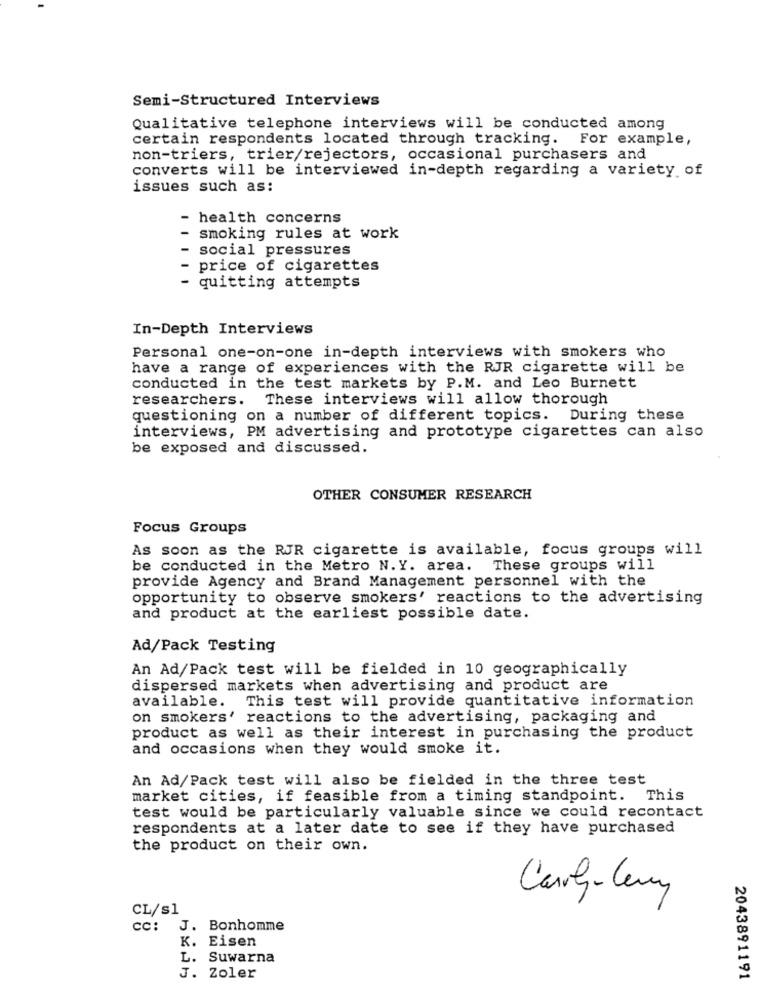
Semi-Structured Interviews
Qualitative telephone interviews will be conducted among
certain respondents located through tracking. For example,
non-triers, trier/rejectors, occasional purchasers and
converts will be interviewed in-depth regarding a variety of
issues such as:
- health concerns
smoking rules at work
social pressures
price of cigarettes
quitting attempts
In-Depth Interviews
Personal one-on-one in-depth interviews with smokers who
have a range of experiences with the RJR cigarette will be
conducted in the test markets by P.M. and Leo Burnett
researchers.
These interviews will allow thorough
questioning on a number of different topics. During these
interviews, PM advertising and prototype cigarettes can also
be exposed and discussed.
OTHER CONSUMER RESEARCH
Focus Groups
As soon as the RJR cigarette is available, focus groups will
be conducted in the Metro N. Y. area. These groups will
provide Agency and Brand Management personnel with the
opportunity to observe smokers' reactions to the advertising
and product at the earliest possible date.
Ad/Pack Testing
An Ad/Pack test will be fielded in 10 geographically
dispersed markets when advertising and product are
available. This test will provide quantitative information
on smokers' reactions to the advertising, packaging and
product as well as their interest in purchasing the product
and occasions when they would smoke it.
An Ad/Pack test will also be fielded in the three test
market cities, if feasible from a timing standpoint. This
test would be particularly valuable since we could recontact
respondents at a later date to see if they have purchased
the product on their own.
Carly- Ceny
CL/s1
CC: J. Bonhomme
K. Eisen
L. Suwarna
J. Zoler
2043891191